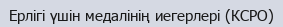
Ерлігі үшін медалінің иегерлері (КСРО)